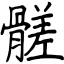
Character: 髊